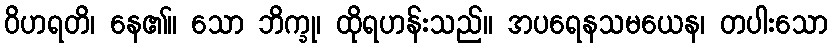
ဝိဟရတိ၊ နေ၏။ သော ဘိက္ခု၊ ထိုရဟန်းသည်။ အပရေနသမယေန၊ တပါးသော